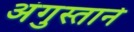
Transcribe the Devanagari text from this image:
अंगुस्ताने